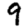
Digit: 9